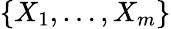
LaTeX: \{ X_{1},\ldots,X_{m}\}